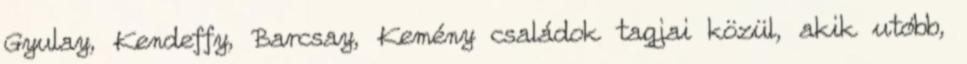
Gyulay, Kendeffy, Barcsay, Kemény családok tagjai közül, akik utóbb,